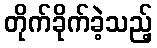
တိုက်ခိုက်ခဲ့သည့်